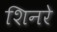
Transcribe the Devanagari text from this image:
शिनरे